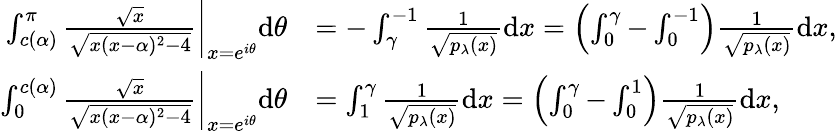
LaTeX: \begin{array}{rl}{\int_{c(\alpha)}^{\pi}\frac{\sqrt{x}}{\sqrt{x(x-\alpha)^{2}-4}}\bigg\rvert_{x=e^{i\theta}}\mathrm d\theta}&{=-\int_{\gamma}^{-1}\frac{1}{\sqrt{p_{\lambda}(x)}}\mathrm dx=\left(\int_{0}^{\gamma}-\int_{0}^{-1}\right)\frac{1}{\sqrt{p_{\lambda}(x)}}\mathrm dx,}\\ {\int_{0}^{c(\alpha)}\frac{\sqrt{x}}{\sqrt{x(x-\alpha)^{2}-4}}\bigg\rvert_{x=e^{i\theta}}\mathrm d\theta}&{=\int_{1}^{\gamma}\frac{1}{\sqrt{p_{\lambda}(x)}}\mathrm dx=\left(\int_{0}^{\gamma}-\int_{0}^{1}\right)\frac{1}{\sqrt{p_{\lambda}(x)}}\mathrm dx,}\end{array}